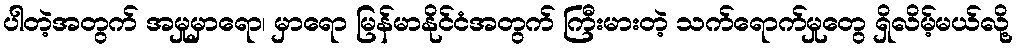
ပါတဲ့အတွက် အမှုမှာရော၊ မှာရော မြန်မာနိုင်ငံအတွက် ကြီးမားတဲ့ သက်ရောက်မှုတွေ ရှိလိမ့်မယ်လို့